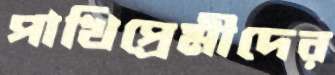
পাখিপ্রেমীদের